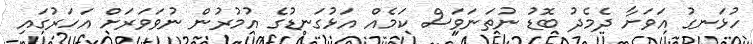
ހުޅަނގު އަވަށާ ދެމެދު ބޮޑު ނުތަނަވަސް ކަމެއް އަޅުގަނޑުގެ އުމުރުން ނުވަވަރަށް އަހަރުގައި